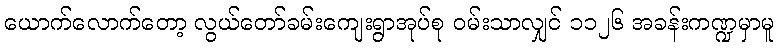
ယောက်လောက်တော့ လွယ်တော်ခမ်းကျေးရွာအုပ်စု ဝမ်းသာလျှင် ၁၁၂၆ အခန်းကဏ္ဍမှာမူ